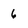
Character: 6